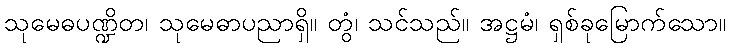
သုမေဓပဏ္ဍိတ၊ သုမေဓာပညာရှိ။ တွံ၊ သင်သည်။ အဋ္ဌမံ၊ ရှစ်ခုမြောက်သော။